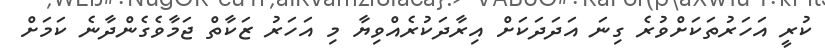
ކުރީ އަހަރުތަކަށްވުރެ ގިނަ އަދަދަކަށް އިރާދަކުރެއްވިޔާ މި އަހަރު ޒަކާތް ޖަމާވެގެންދާނެ ކަމަށް